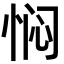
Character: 𫺓